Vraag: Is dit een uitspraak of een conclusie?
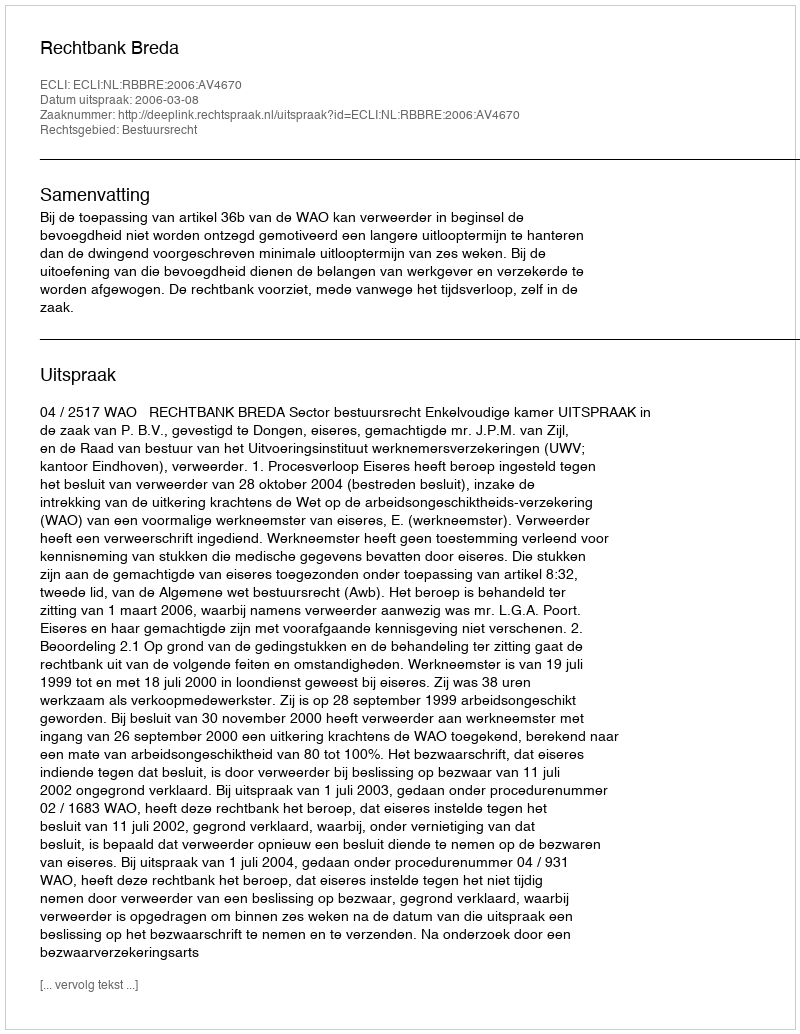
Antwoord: Uitspraak